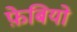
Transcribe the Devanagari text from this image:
फ़ेबियो